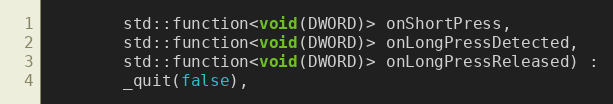
Language: C
        std::function<void(DWORD)> onShortPress,
        std::function<void(DWORD)> onLongPressDetected,
        std::function<void(DWORD)> onLongPressReleased) :
        _quit(false),